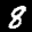
Label: 8